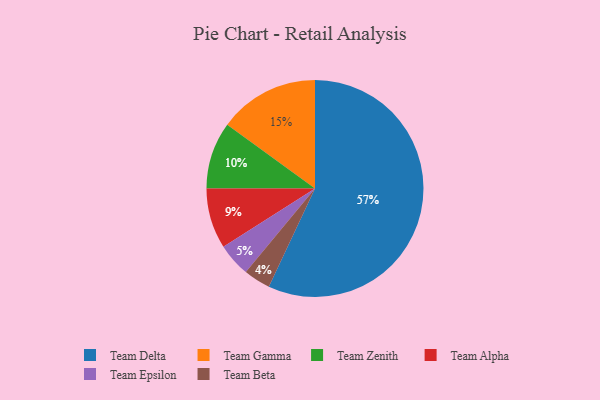
{"axis": {"x": "Category", "y": "Percentage"}, "legend": ["Team Alpha", "Team Beta", "Team Delta", "Team Epsilon", "Team Gamma", "Team Zenith"], "data": [{"x": "Team Gamma", "y": 15, "type": "Team Gamma"}, {"x": "Team Epsilon", "y": 5, "type": "Team Epsilon"}, {"x": "Team Alpha", "y": 9, "type": "Team Alpha"}, {"x": "Team Beta", "y": 4, "type": "Team Beta"}, {"x": "Team Delta", "y": 57, "type": "Team Delta"}, {"x": "Team Zenith", "y": 10, "type": "Team Zenith"}]}